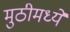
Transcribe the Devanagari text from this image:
मुठीमध्ये